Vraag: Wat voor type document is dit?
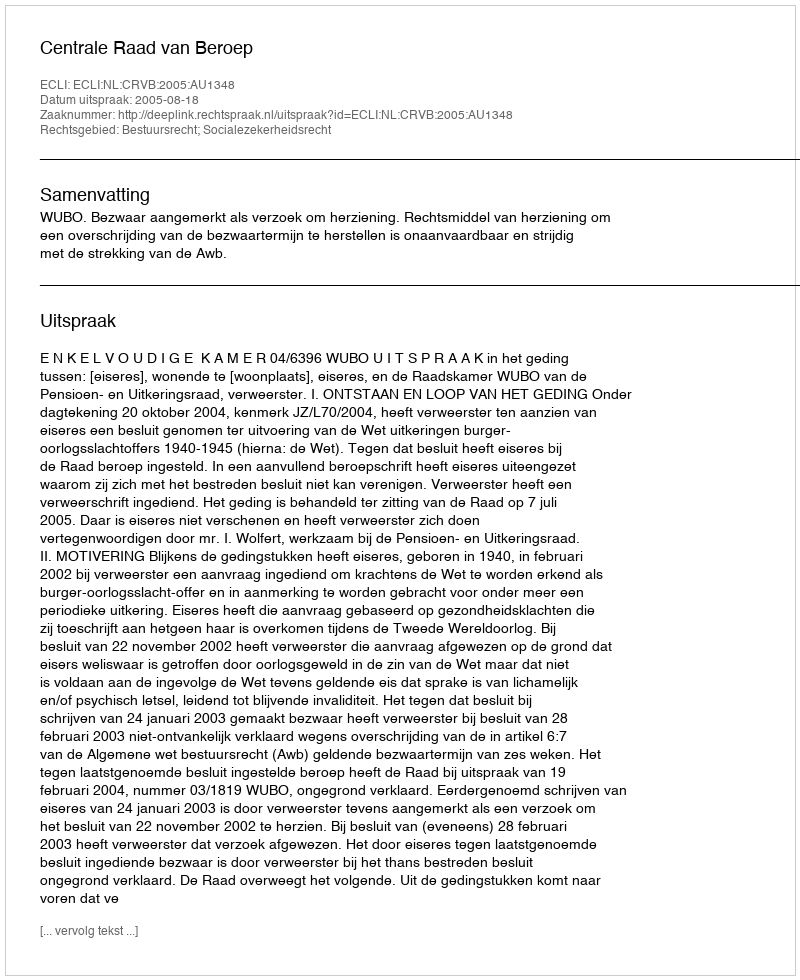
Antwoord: Uitspraak